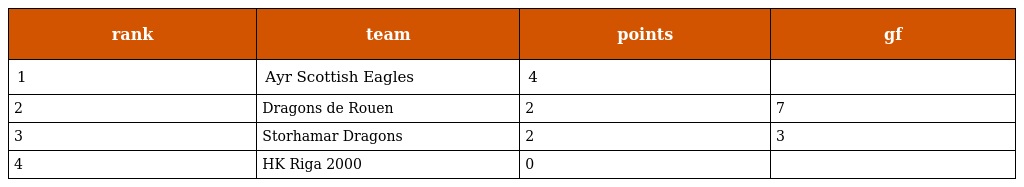
| rank | team | points | gf |
 | --- | --- | --- | --- |
 | 1 | Ayr Scottish Eagles | 4 |  |
 | 2 | Dragons de Rouen | 2 | 7 |
 | 3 | Storhamar Dragons | 2 | 3 |
 | 4 | HK Riga 2000 | 0 |  |